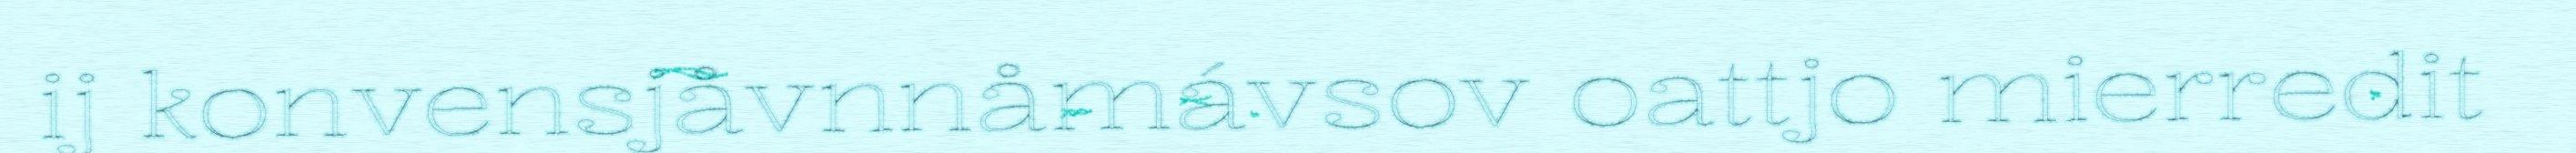
ij konvensjåvnnåmávsov oattjo mierredit